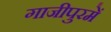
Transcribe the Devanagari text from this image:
गाजीपुरमें